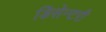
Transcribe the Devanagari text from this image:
डिसेन्टरी